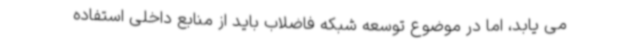
می یابد، اما در موضوع توسعه شبکه فاضلاب باید از منابع داخلی استفاده